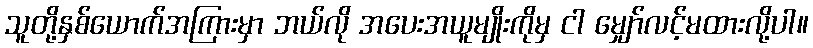
သူတို့နှစ်ယောက်အကြားမှာ ဘယ်လို အပေးအယူမျိုးကိုမှ ငါ မျှော်လင့်မထားလို့ပါ။